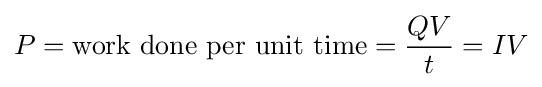
P={\text{work done per unit time}}={\frac {QV}{t}}=IV